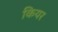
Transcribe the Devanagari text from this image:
कियर